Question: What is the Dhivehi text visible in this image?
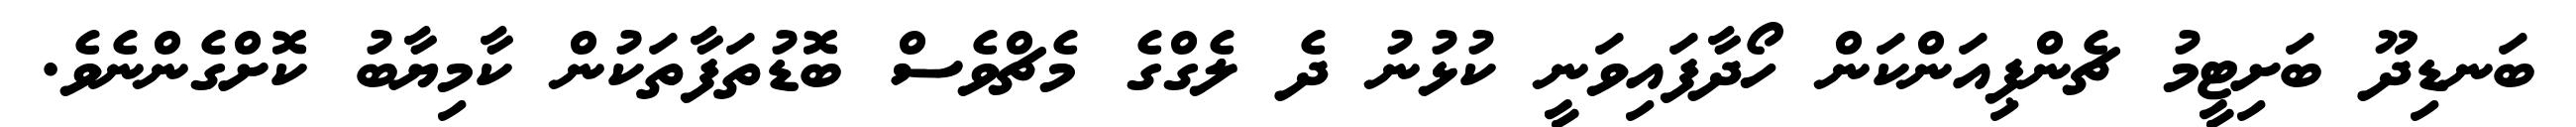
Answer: ބަނޑިދޫ ބަށިޓީމު ޗެންޕިއަންކަން ހޯދާފައިވަނީ ކުޅުނު ދެ ލެގްގެ މެޗްވެސް ބޮޑުތަފާތަކުން ކާމިޔާބު ކޮށްގެންނެވެ.